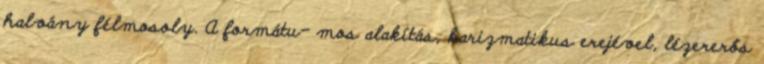
halvány félmosoly. A formátu- mos alakítás, karizmatikus erejével, lézererős